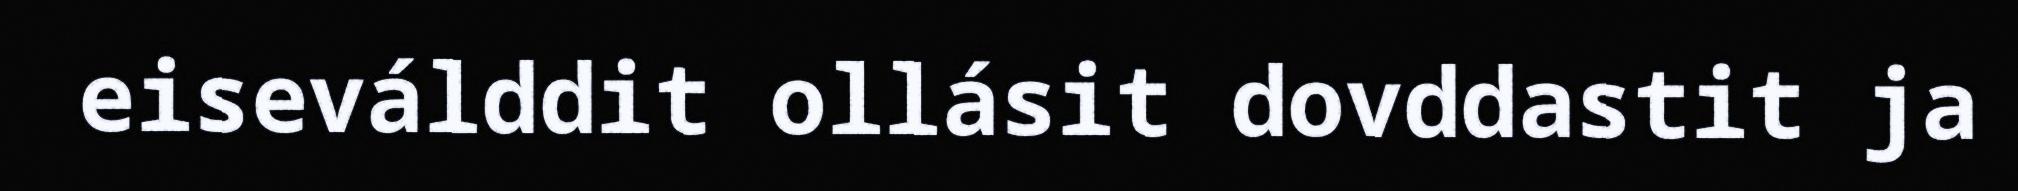
eiseválddit ollásit dovddastit ja